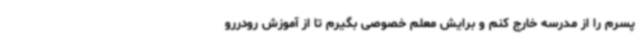
پسرم را از مدرسه خارج کنم و برایش معلم خصوصی بگیرم تا از آموزش رودررو